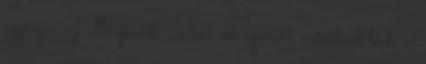
egységes az álláspont. Van aki szerint mindent tud. –